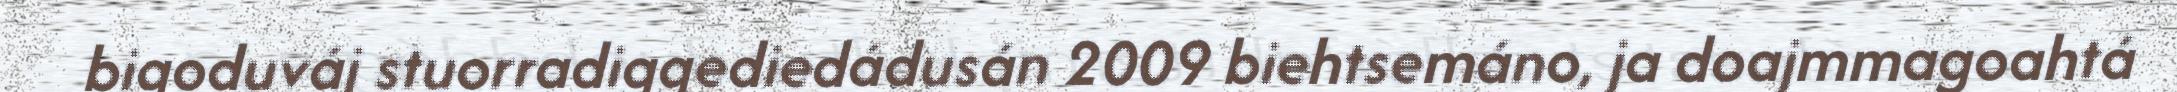
bigoduváj stuorradiggediedádusán 2009 biehtsemáno, ja doajmmagoahtá